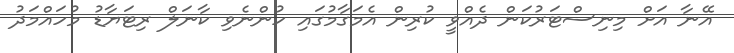
އޭނާ އަށް މިނިސްޓަރުކަން ދެއްވީ ކުރިން އެމަގާމުގައި ހުންނެވި ކާނަލް ރިޓަޔާޑު މުހައްމަދު